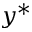
y ^ { * }